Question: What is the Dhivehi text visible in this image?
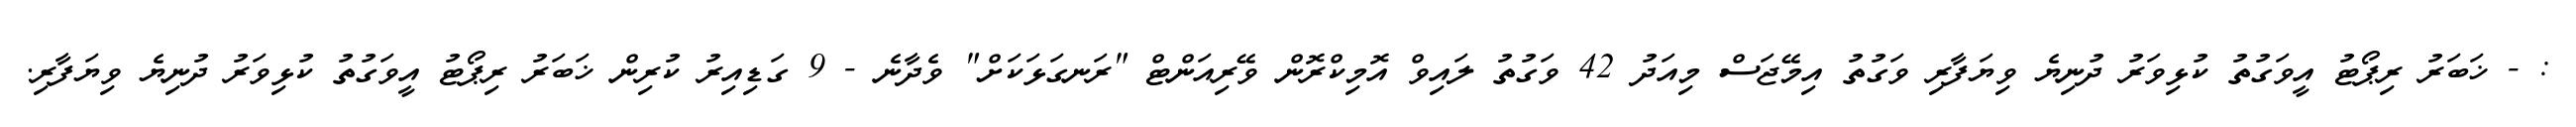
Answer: : - ޚަބަރު ރިޕޯޓު އީވަގުތު ކުޅިވަރު ދުނިޔެ ވިޔަފާރި ވަގުތު އިމޭޖަސް މިއަދު 42 ވަގުތު ލައިވް އޮމިކްރޮން ވޭރިއަންޓް "ރަނގަޅަކަށް" ވެދާނެ - 9 ގަޑިއިރު ކުރިން ޚަބަރު ރިޕޯޓު އީވަގުތު ކުޅިވަރު ދުނިޔެ ވިޔަފާރި.